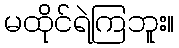
မထိုင်ရဲကြဘူး။